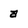
Character: a